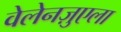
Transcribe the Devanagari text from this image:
वेलेनज़ुएला